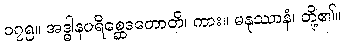
၁၇၅။ အဒ္ဓါနပရိစ္ဆေဒတောတိ၊ ကား။ မနုဿာနံ၊ တို့၏။